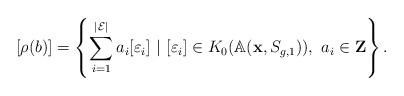
LaTeX: \begin{align*}[\rho(b)]= \left\{\sum_{i=1}^{|{\cal E}|} a_i [\varepsilon_i] ~|~ [\varepsilon_i]\in K_0({\Bbb A}(\mathbf{x}, S_{g,1})), ~a_i\in \mathbf{Z}\right\}. \end{align*}